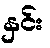
နှင်း